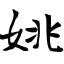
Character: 姚